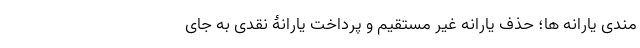
مندی یارانه ها؛ حذف یارانه غیر مستقیم و پرداخت یارانۀ نقدی به جای